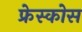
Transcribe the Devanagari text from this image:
फ्रेस्कोस